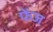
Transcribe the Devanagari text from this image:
फेंज